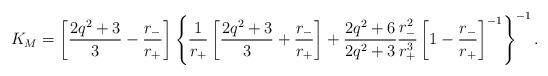
LaTeX: \begin{align*}K_M =\left[\frac{2q^2+3}{3}-\frac{r_-}{r_+}\right]\left\{\frac{1}{r_+}\left[\frac{2q^2+3}{3}+\frac{r_-}{r_+}\right]+\frac{2q^2+6}{2q^2+3}\frac{r_-^2}{r_+^3}\left[1-\frac{r_-}{r_+}\right]^{-1}\right\}^{-1}.\end{align*}